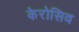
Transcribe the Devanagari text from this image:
केरोसिव